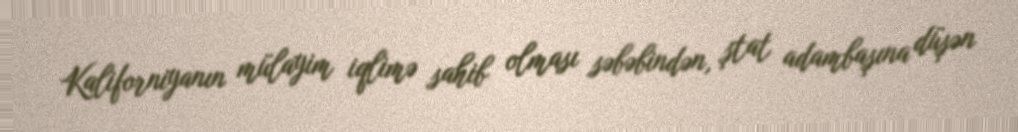
Kaliforniyanın mülayim iqlimə sahib olması səbəbindən, ştat adambaşına düşən